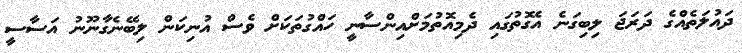
ދައުލަތެއްގެ ދަރަޖަ ލިބިގަނެ އެގޮތުގައި ދެމިއޮތުމަށްއިންސާނީ ހައްގުތަކަށް ވެސް އުނިކަން ލިބޭނެގާނޫނު އަސާސީ